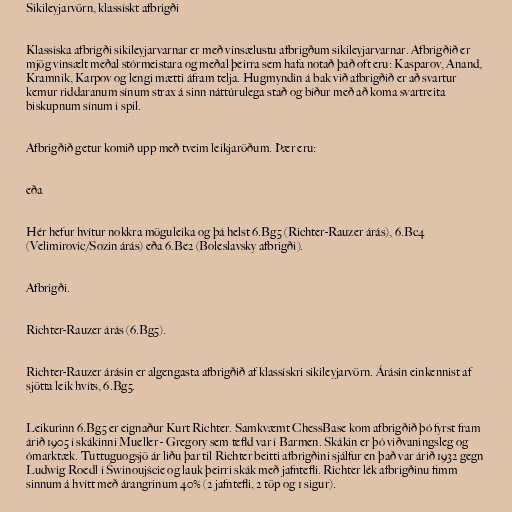
Sikileyjarvörn, klassískt afbrigði

Klassíska afbrigði sikileyjarvarnar er með vinsælustu afbrigðum sikileyjarvarnar. Afbrigðið er
mjög vinsælt meðal stórmeistara og meðal þeirra sem hafa notað það oft eru: Kasparov, Anand,
Kramnik, Karpov og lengi mætti áfram telja. Hugmyndin á bak við afbrigðið er að svartur
kemur riddaranum sínum strax á sinn náttúrulega stað og bíður með að koma svartreita
biskupnum sínum í spil.

Afbrigðið getur komið upp með tveim leikjaröðum. Þær eru:

eða

Hér hefur hvítur nokkra möguleika og þá helst 6.Bg5 (Richter-Rauzer árás), 6.Bc4
(Velimirovic/Sozin árás) eða 6.Be2 (Boleslavsky afbrigði).

Afbrigði.

Richter-Rauzer árás (6.Bg5).

Richter-Rauzer árásin er algengasta afbrigðið af klassískri sikileyjarvörn. Árásin einkennist af
sjötta leik hvíts, 6.Bg5.

Leikurinn 6.Bg5 er eignaður Kurt Richter. Samkvæmt ChessBase kom afbrigðið þó fyrst fram
árið 1905 í skákinni Mueller - Gregory sem tefld var í Barmen. Skákin er þó viðvaningsleg og
ómarktæk. Tuttuguogsjö ár liðu þar til Richter beitti afbrigðini sjálfur en það var árið 1932 gegn
Ludwig Roedl í Świnoujście og lauk þeirri skák með jafntefli. Richter lék afbrigðinu fimm
sinnum á hvítt með árangrinum 40% (2 jafntefli, 2 töp og 1 sigur).